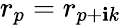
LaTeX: r_{p}=r_{p+\mathbf{i}k}